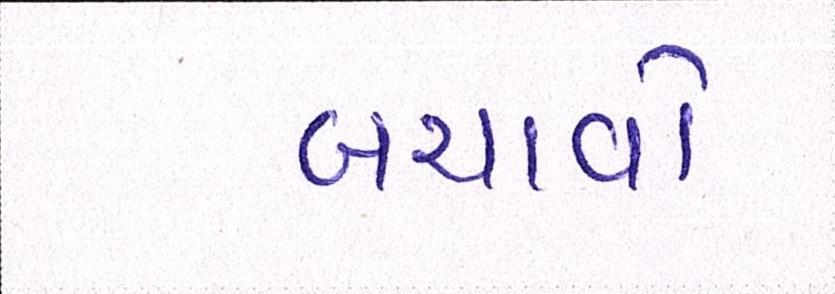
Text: બચાવો